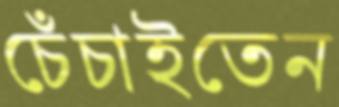
চেঁচাইতেন